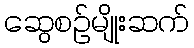
ဆွေစဉ်မျိုးဆက်